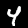
Label: 4